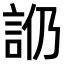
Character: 𧥰